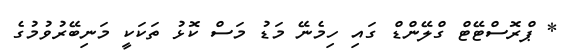
* ޕްރޮސްޓޭޓް ގްލޭންޑް ގައި ހިމެނޭ މަޑު މަސް ކޮޅު ތަކަކީ މަނިބޭރުވުމުގެ